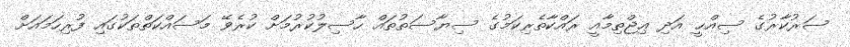
ސަރުކާރުގެ ސިއްޙީ އަދި ޢިޖްތިމާއީ ރައްކާތެރިކަމުގެ ސިޔާސަތުތައް ހާސިލުކުރުމަށް ކުރެވޭ މަސައްކަތްތަކުގައި ފުރިހަމައަށް